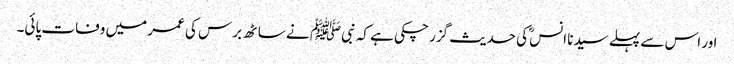
اور اس سے پہلے سیدنا انسؓ کی حدیث گزر چکی ہے کہ نبیﷺ نے ساٹھ برس کی عمر میں وفات پائی۔